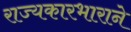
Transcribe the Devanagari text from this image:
राज्यकारभाराने